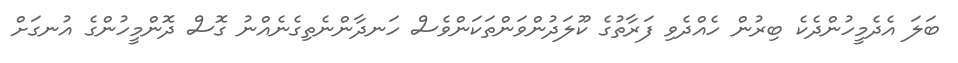
ބަލަ އެދެމީހުންދެކެ ބިރުން ހެއްދެވި ފަރާތުގެ ކޫލަދުންވަންތަކަންވެސް ހަނދާންނެތިގެނެއްނު ގޮސް ދޮންމީހުންގެ އުނގަށް